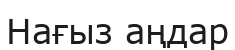
Нағыз аңдар